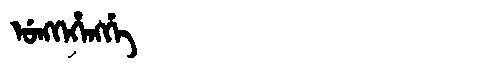
Manchu: ᡠᠩᡴᡝᡥᡝᠩᡤᡝ
Romanization: UNGKEHENGGE